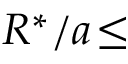
R ^ { * } / a \! \leq